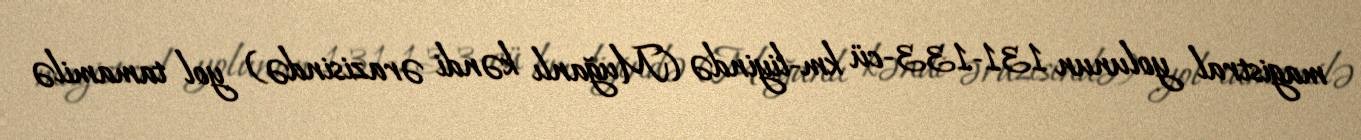
magistral yolunun 131-133-cü km-liyində (Muğanlı kəndi ərazisində) yol tamamilə